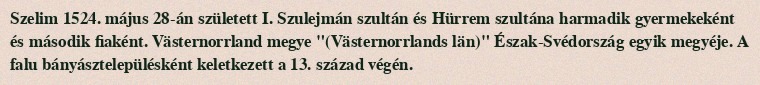
Szelim 1524. május 28-án született I. Szulejmán szultán és Hürrem szultána harmadik gyermekeként és második fiaként. Västernorrland megye "(Västernorrlands län)" Észak-Svédország egyik megyéje. A falu bányásztelepülésként keletkezett a 13. század végén.